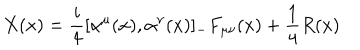
X ( x ) = \frac { i } { 4 } [ \alpha ^ { \mu } ( x ) , \alpha ^ { \nu } ( x ) ] _ { - } F _ { \mu \nu } ( x ) + \frac { 1 } { 4 } R ( x )